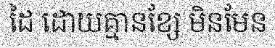
ដៃ ដោយគ្មានខ្សែ មិនមែន